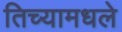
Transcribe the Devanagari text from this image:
तिच्यामधले